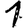
Digit: 1